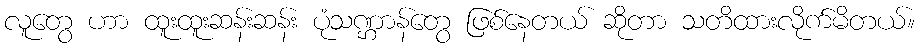
လူတွေ ဟာ ထူးထူးဆန်းဆန်း ပုံသဏ္ဌာန်တွေ ဖြစ်နေတယ် ဆိုတာ သတိထားလိုက်မိတယ်။